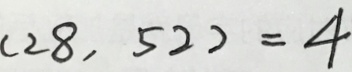
( 2 8 , 5 2 ) = 4